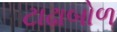
ટાઢાબોળ